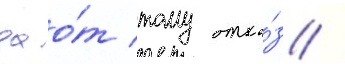
дао́т тому отка́з /